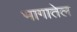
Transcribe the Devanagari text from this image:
भागातेल